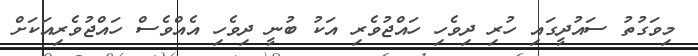
މިވަގުތު ސައުދީގައި ހުރި ދިވެހި ހައްޖުވެރި އަކު ބުނީ ދިވެހި އެއްވެސް ހައްޖުވެރިއަކަށް